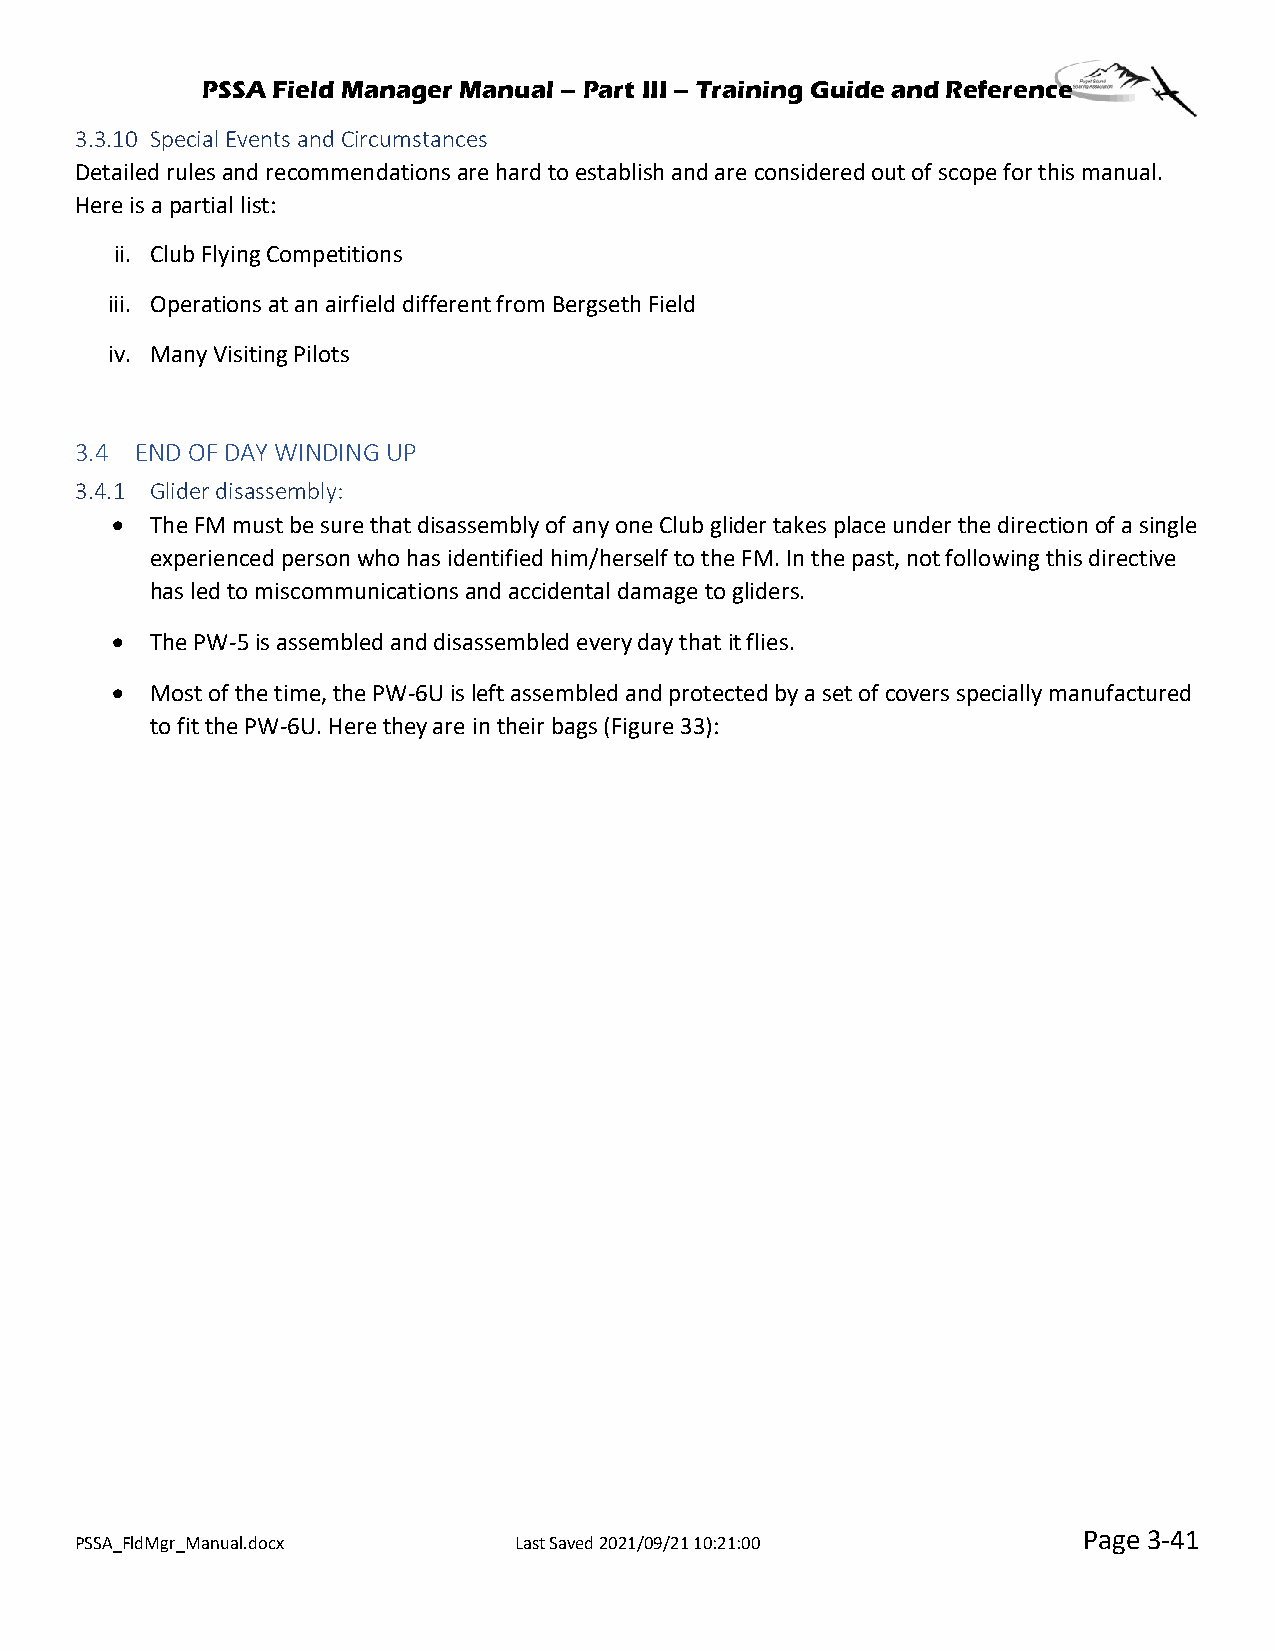
PSSA Field Manager Manual – Part III – Training Guide and Reference
 3.3.10 Special Events and Circumstances
 Detailed rules and recommendations are hard to establish and are considered out of scope for this manual.
 Here is a partial list:
 ii. Club Flying Competitions
 iii. Operations at an airfield different from Bergseth Field
 iv. Many Visiting Pilots
 3.4 END OF DAY WINDING UP
 3.4.1 Glider disassembly:
 •  The FM must be sure that disassembly of any one Club glider takes place under the direction of a single
 experienced person who has identified him/herself to the FM. In the past, not following this directive
 has led to miscommunications and accidental damage to gliders.
 •  The PW-5 is assembled and disassembled every day that it flies.
 •  Most of the time, the PW-6U is left assembled and protected by a set of covers specially manufactured
 to fit the PW-6U. Here they are in their bags (Figure 33):
 Page 3-41
 PSSA_FldMgr_Manual.docx      Last Saved 2021/09/21 10:21:00